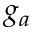
g _ { a }